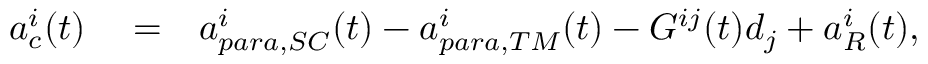
\begin{array} { r l r } { a _ { c } ^ { i } ( t ) } & { { } = } & { a _ { p a r a , S C } ^ { i } ( t ) - a _ { p a r a , T M } ^ { i } ( t ) - G ^ { i j } ( t ) d _ { j } + a _ { R } ^ { i } ( t ) , } \end{array}